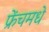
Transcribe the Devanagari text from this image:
फ्रेंचमधे